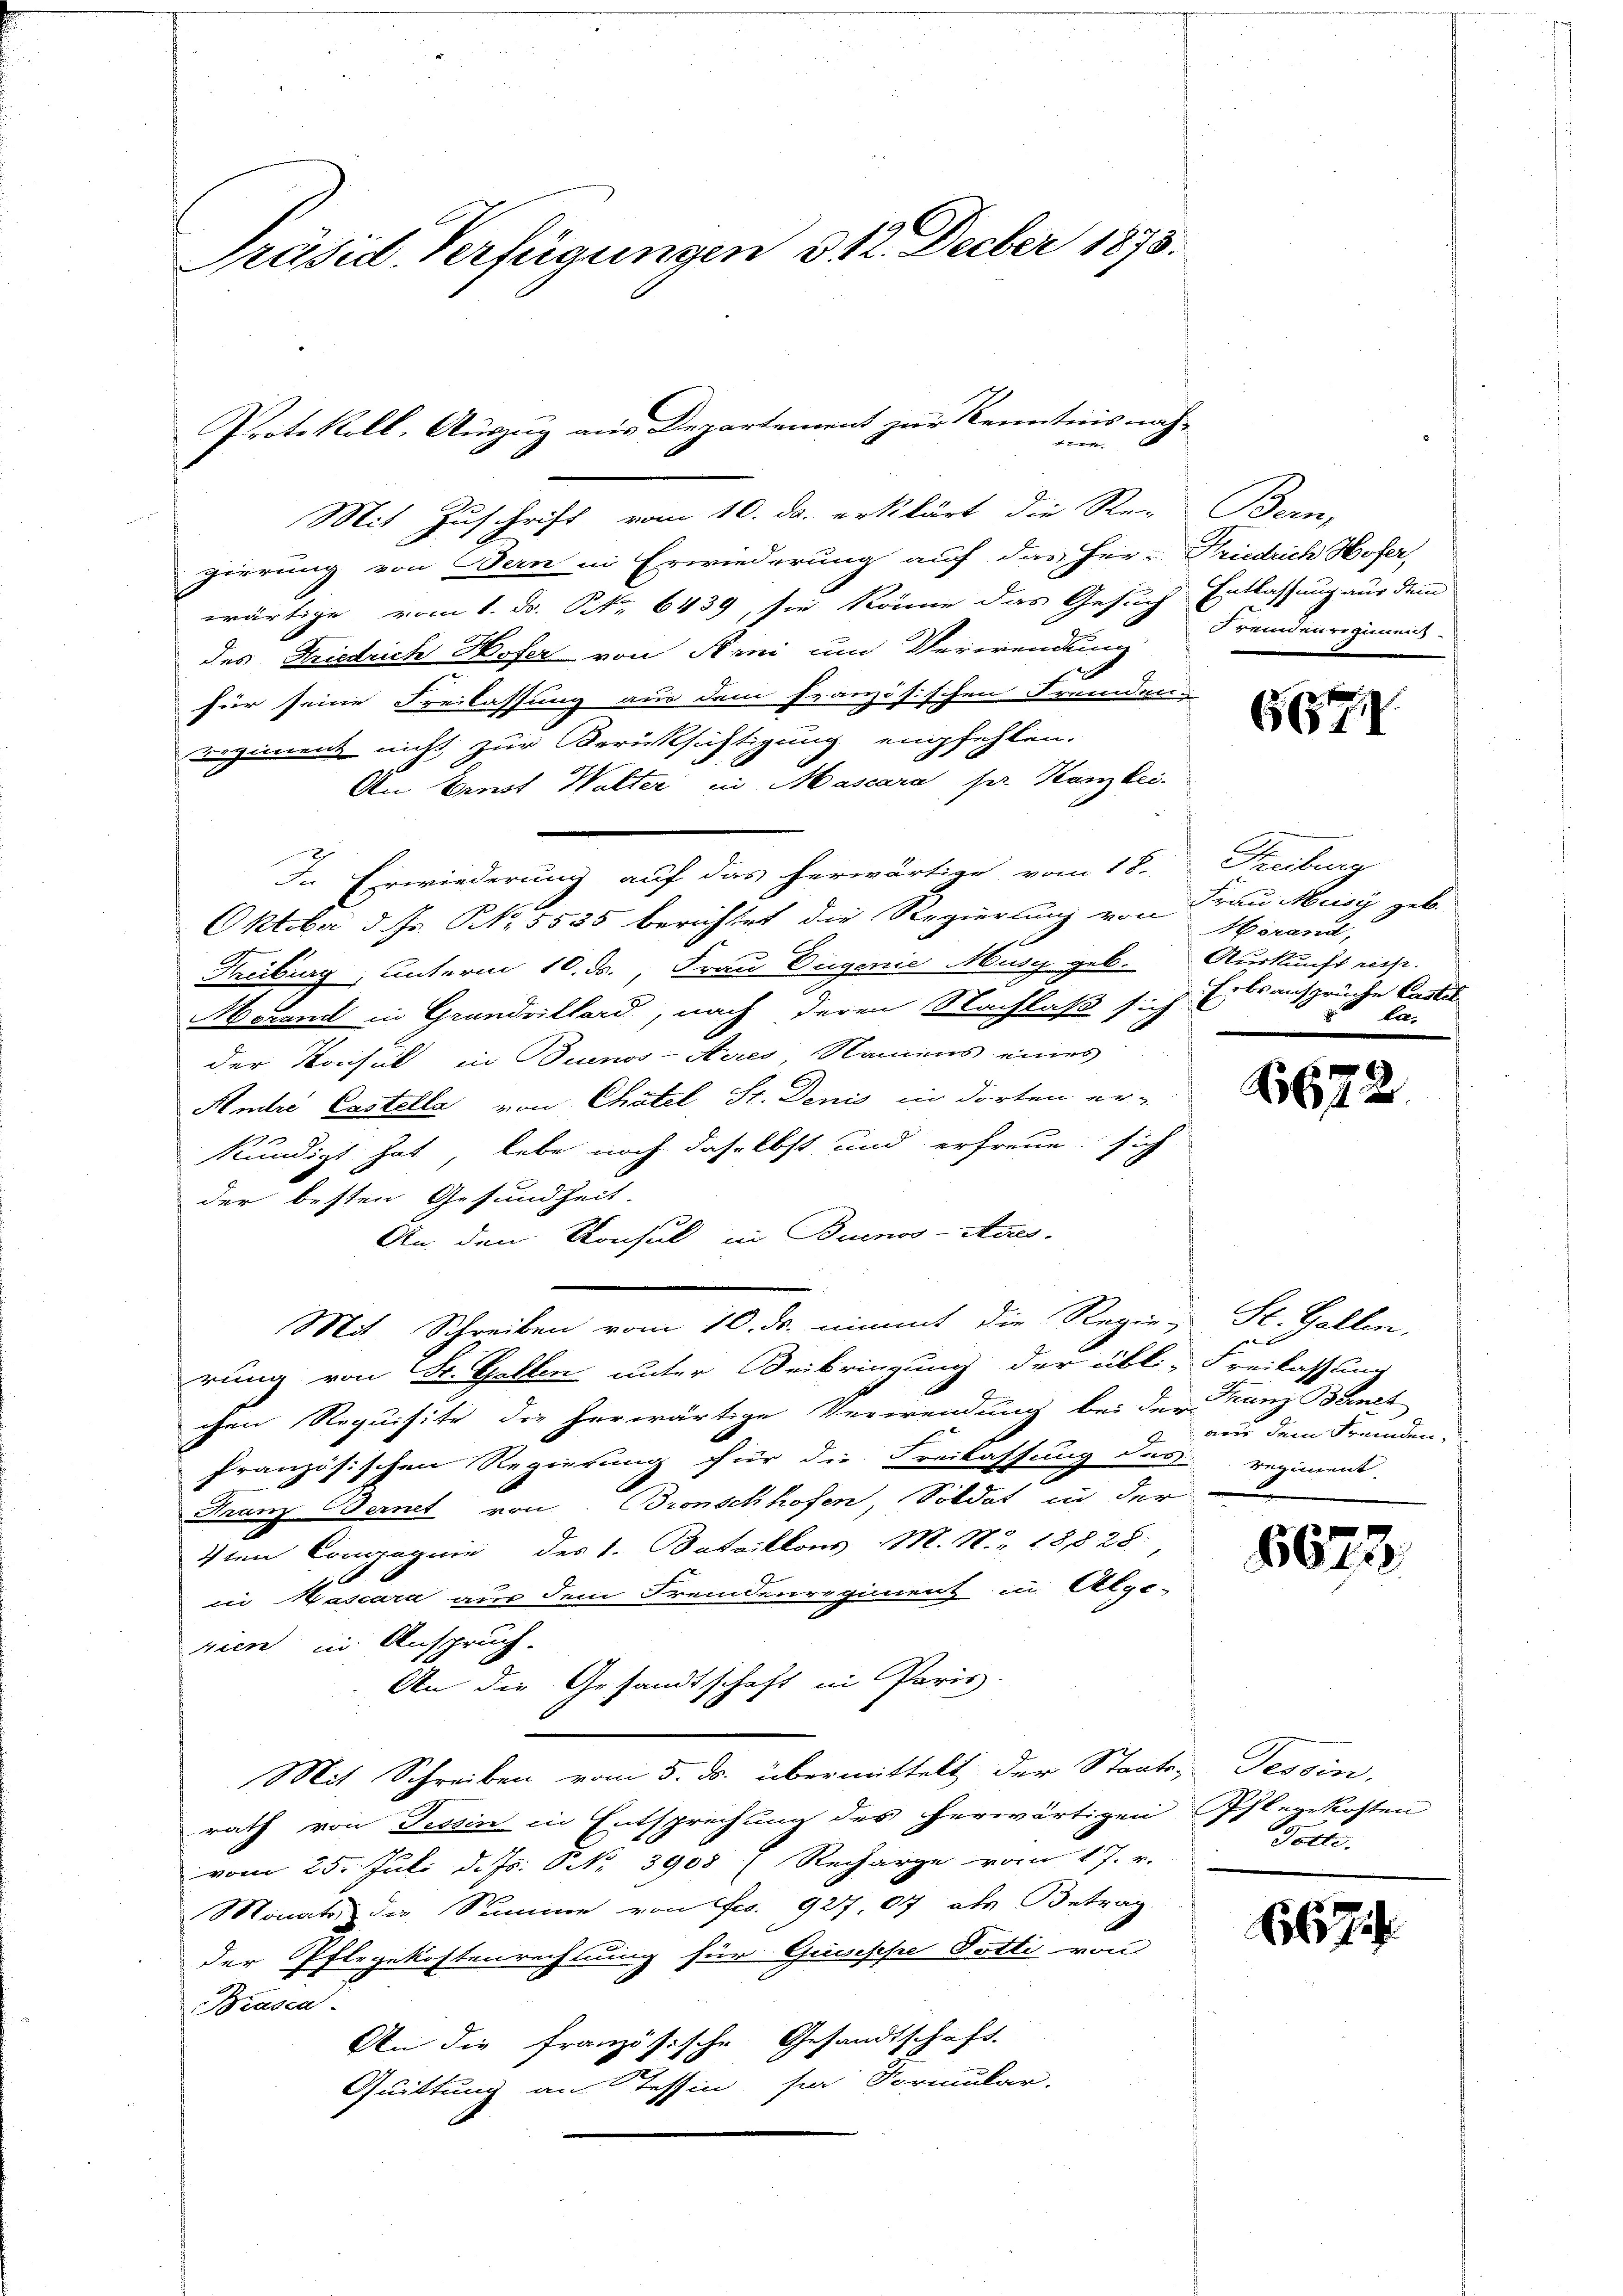
Präsid. Verfügungen 512. Decber 1873.

t
Mit Zuschrift vom 10. ds. erklärt die Re-
gierung von Bern in Erwiederung auf das Her-
wärtige vom 1. d. No. 6439, sie könne das Gesuch
des Friedrich Hofer von Stani und Verwendung
für seine Freilassung aus dem Französischen Fremdens
Begiment nicht zur Berücksichtigung empfehlen.
An Ernst Walter in Mascara ser Kanzlei.
In Erwiederung auf das herwärtige vom 18.
Oktober d. Js. No. 5535 berichtet die Regierung von Frau Meisy geb.

Freiburg, unterm 10. ds., Frau Eugenie Musch geb.
Morand in Grandvillard, nach deren Nachlaß sich
der Konsul in Buenos-Ayres Namens eines
Amre Castella von Chatel Sr. Denis in dorten er-
kundigt hat, lebe noch daselbst und erfreue sich
der besten Gesundheit.
An den Konsul in Buenos-Aus-
Mit Schreiben vom 10. ds. nimmt die Regie- St. Gallen,
rung von Fr. Hellen unter Beibringung der übli-Freilassung
chen Requisite die herwärtige Verwendung bei der Franz Benes
französischen Regierung für die Freilassung des regiment
Franz Bernet von Bronschhofen, Soldat in der
1ten Compagnie des 1. Bataillons M. N. 18,828,
ii Mascara aus dem Fremdenregiment in Alge-
pien in Anspruch.
An die Gesandtschaft in Paris
Mit Schreiben vom 5. ds. übermittelt der Staats- Tessin,
rath von Tessin in Entsprechung des herwärtigen
vom 25. Juli d. Js. P. Nr. 3908 (Recharge vom 17. v.
Monate die Summe von Fr. 927,07 des Betrag
der Pflegekostenrechnung für Giuseppe Totti von
Brasca.
An die französische Gesandtschaft.
Quittung an Tessin sie Formular-

Protokoll. Auszug aus Departement zur Kenntnis nach-

Bern,
Friedrich Hofer,
Entlassung aus dem
Fremdenregimens

667

A
Freiburg
Merand,
Auskunft resp.
Erbsansprüche Castet
La.

467

aus dem Fremden,

6673.

Pflegekosten
Torte.

667